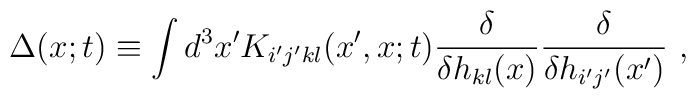
\Delta(x;t) \equiv    \int d^3x' K_{i'j'kl}(x',x;t)         \frac{\delta}{\delta h_{kl}(x)}      \frac{\delta}{\delta h_{i'j'}(x')}\ ,